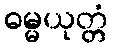
ဓမ္မယုတ္တံ